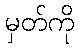
မှတ်ကို